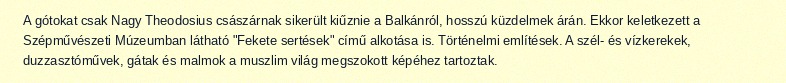
A gótokat csak Nagy Theodosius császárnak sikerült kiűznie a Balkánról, hosszú küzdelmek árán. Ekkor keletkezett a Szépművészeti Múzeumban látható "Fekete sertések" című alkotása is. Történelmi említések. A szél- és vízkerekek, duzzasztóművek, gátak és malmok a muszlim világ megszokott képéhez tartoztak.